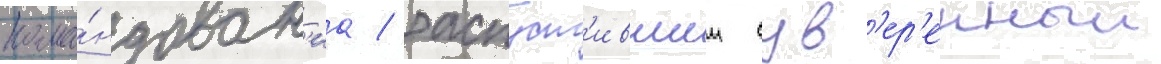
кома́ндован'иа / распуст'ившии сув'ер'енныи